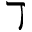
\daleth